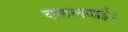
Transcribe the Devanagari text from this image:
कहलवाई।